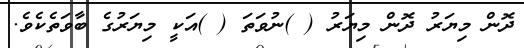
ދޮން މިޔަރު ދޮން މިޔަރު ( )ނުވަތަ ( )އަކީ މިޔަރުގެ ބާވަތެކެވެ.